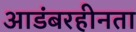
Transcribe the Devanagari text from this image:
आडंबरहीनता